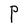
Character: P